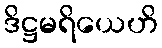
ဒိဋ္ဌမရိယေဟိ